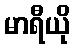
မာရီယို